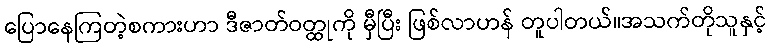
ပြောနေကြတဲ့စကားဟာ ဒီဇာတ်ဝတ္ထုကို မှီပြီး ဖြစ်လာဟန် တူပါတယ်။အသက်တိုသူနှင့်